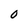
Character: 0